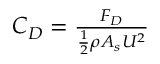
\begin{array} { r } { C _ { D } = \frac { { F } _ { D } } { \frac { 1 } { 2 } \rho A _ { s } U ^ { 2 } } } \end{array}